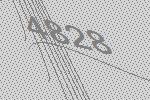
4828